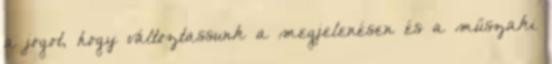
a jogot, hogy változtassunk a megjelenésen és a műszaki